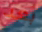
بعد